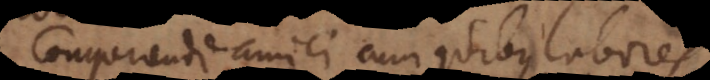
Conquirendi amici cum quibus labores